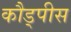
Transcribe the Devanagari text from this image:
कौड्पीस